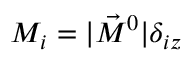
M _ { i } = | \vec { M } ^ { 0 } | \delta _ { i z }